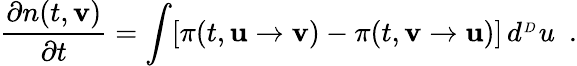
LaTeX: \frac{\partial n(t,{\mathbf v})}{\partial t}=\int[\pi(t,{\mathbf u}\rightarrow{\mathbf v})-\pi(t,{\mathbf v}\rightarrow{\mathbf u})]\, d^{_{^D}}u\ \ .